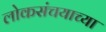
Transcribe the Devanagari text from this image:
लोकसंचयाच्या